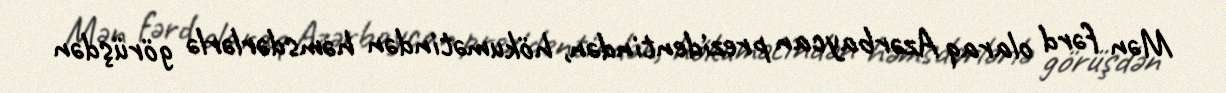
Mən fərd olaraq Azərbaycan prezidentindən, hökumətindən həmsdərlərlə görüşdən